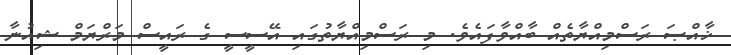
ޚާއްޞަ ރަސްމިއްޔާތެއް ބާއްވާފައެވެ. މި ރަސްމިއްޔާތުގައި އޭސީސީ ގެ ރައީސް މަރްޔަމް ޝިއުނާ